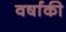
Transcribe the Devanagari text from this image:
वर्षाकी